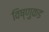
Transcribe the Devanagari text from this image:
विष्णुकड